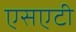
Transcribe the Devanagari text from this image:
एसएटी